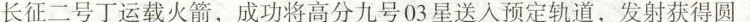
长征二号丁运载火箭，成功将高分九号03星送入预定轨道，发射获得圆